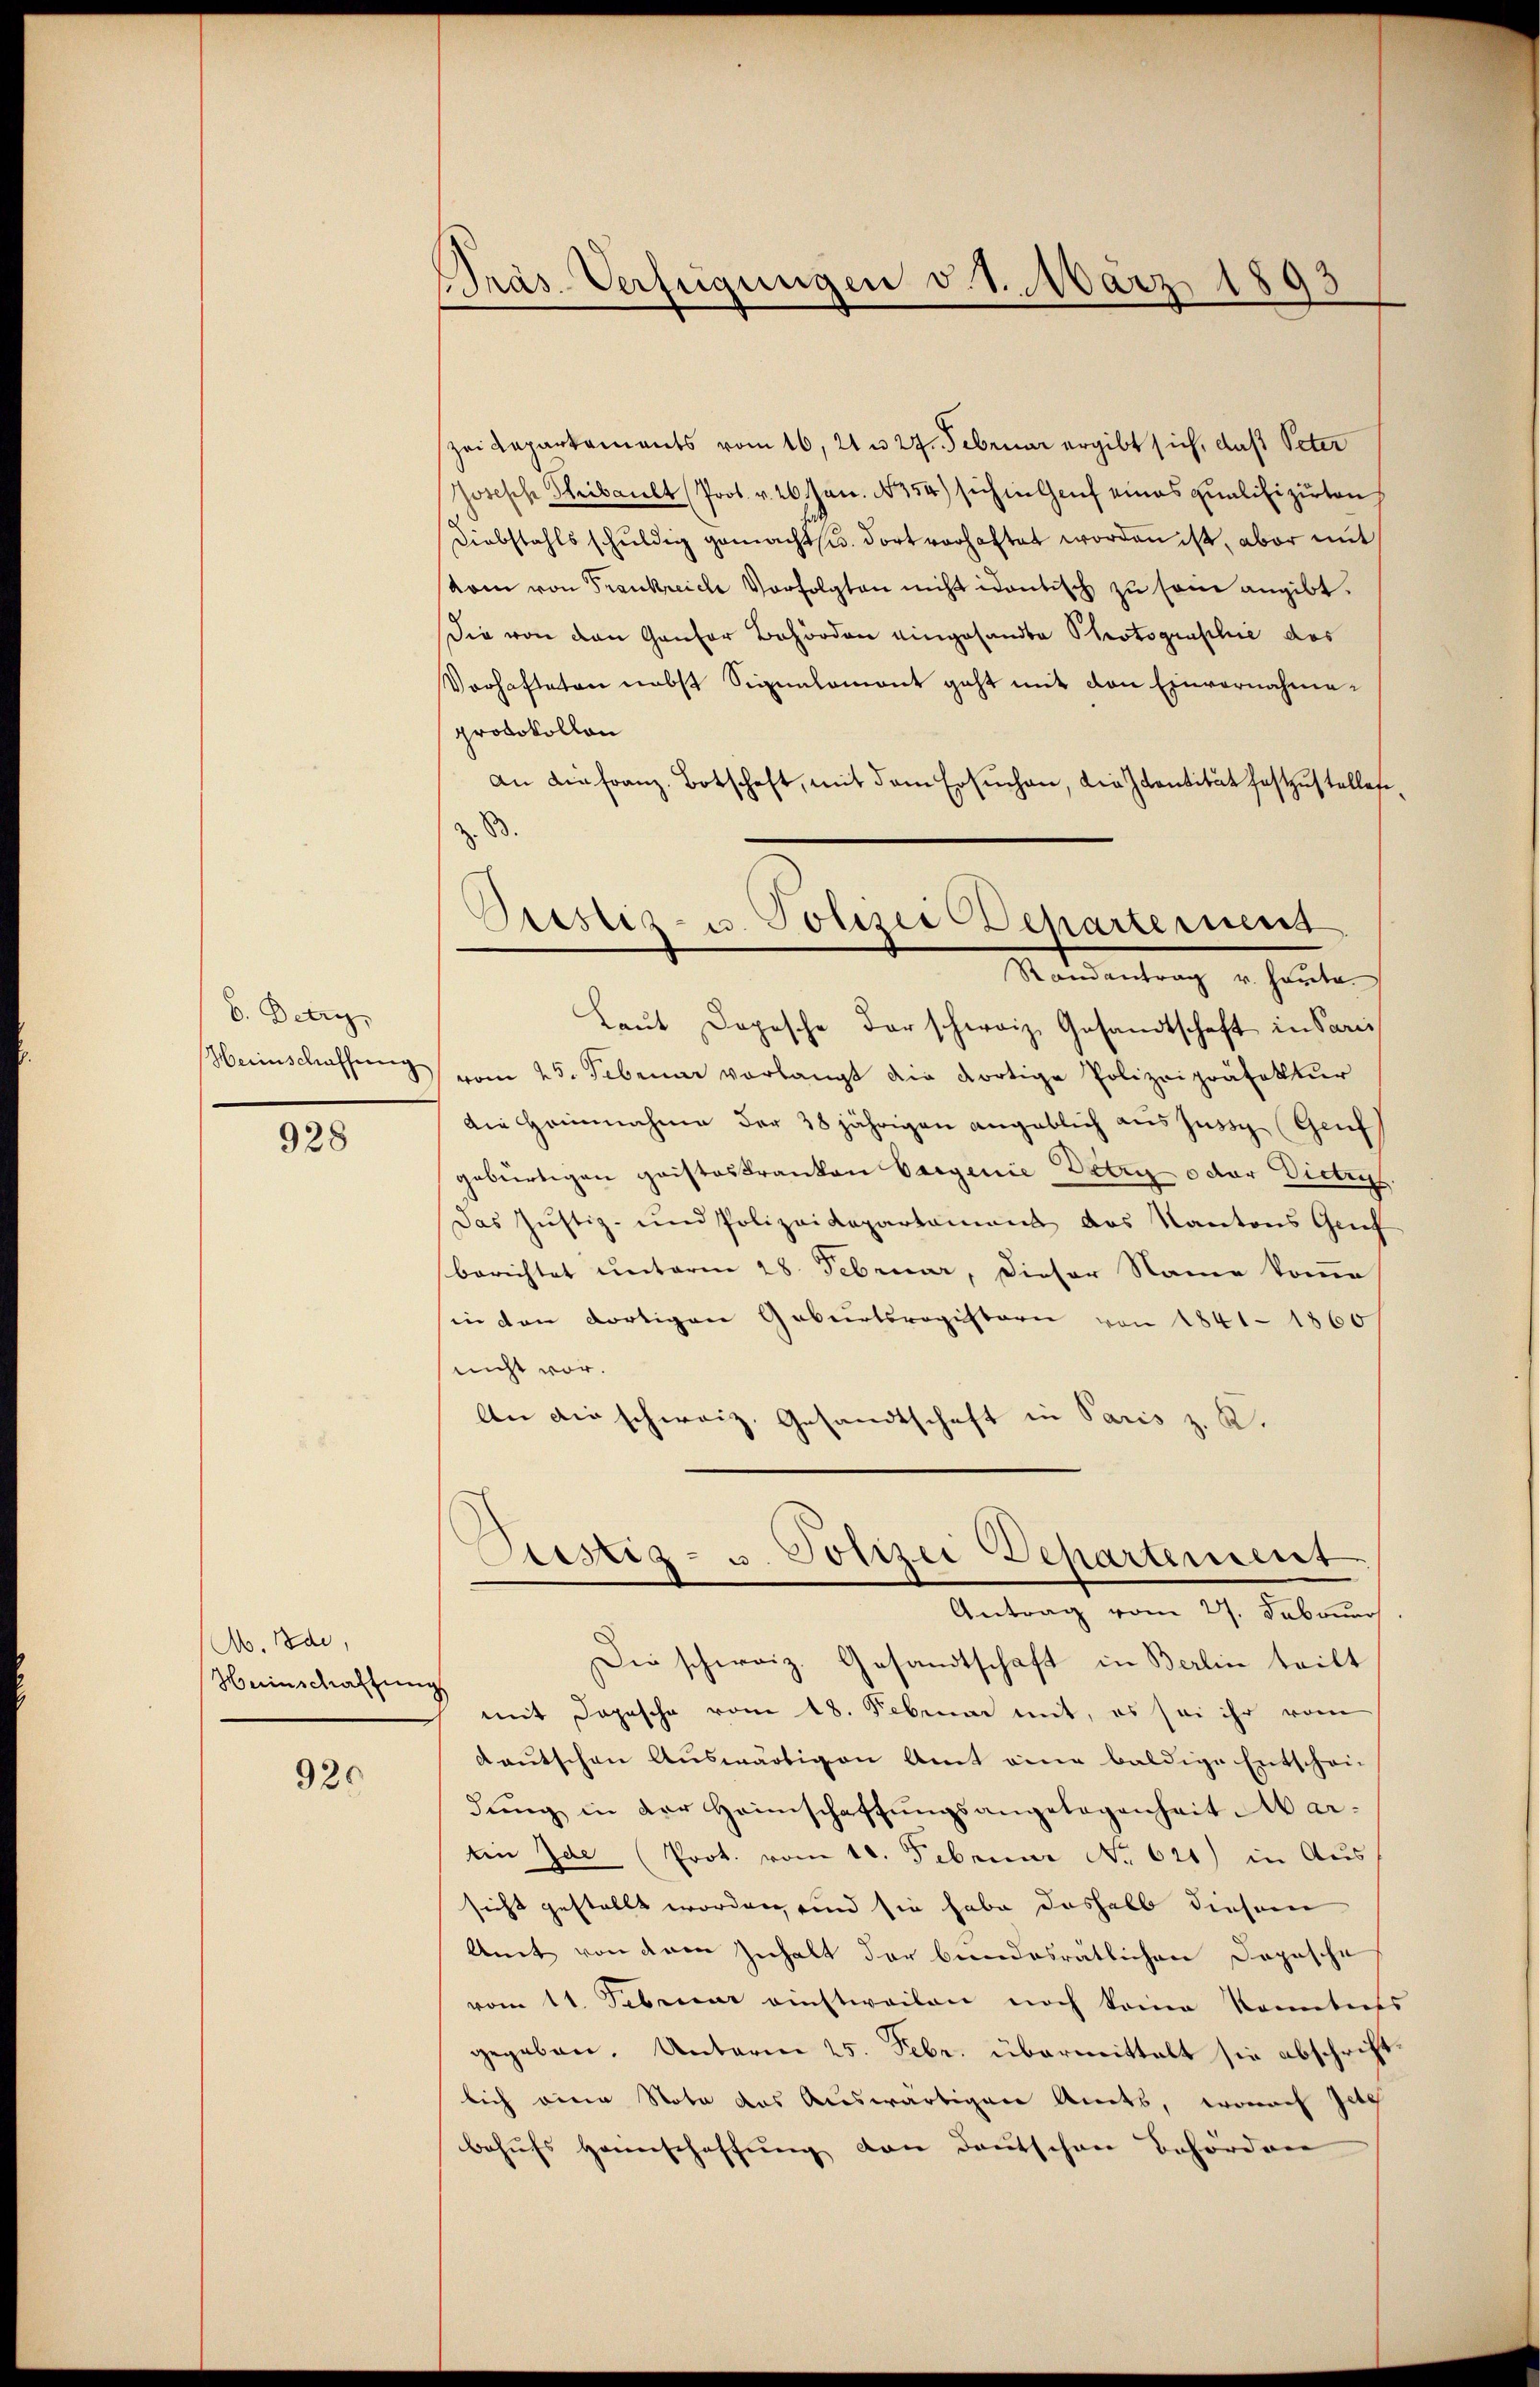
6. Detry,
Herinschaffung

928

Ab. Ide,
Heinschaffung

920

Präs. Verfügungen v. 1. März 1893

zei Kapartaments vom 16. 21 u 27. Februar ergibt sich, daß Peter
osische Thibault (Prot. v. 26. Jan. 1354) sich in Genf eines qualifizirten
Diebstahls schŭldig gemacht u. dort vorhaftet worden ist, aber mit
kom von Frankreiche Verfolgten nicht identisch zu sein angibt.
Die von den Gansor Behörden eingesandte Photograschie das
Verhafteten nebst Signalamont geht mit den Einvernahmeprotokollon
an die franz Botschaft, mit dem Ersuchen, die Identität festzustellete
z. B.
Laŭt Dopische der schweiz. Gesandtschaft in Pari
vom 25. Februar verlangt die dortige Polizeipräfektur
Die Heinnahme der 38 jährigen angeblich aus jus (Genf
gebürtigen gaisteskranken Cargenie Detry oder Dietris
Das Justiz- und Polizeidepartamens des Kantons Gruf
berichtet unterm 28. Februar, Dieser Name komme
in den dortigen Geburtsregistern von 1841 - 1860
nicht vor.
An die schweiz. Gesandtschaft in Paris z. K.
Sistiz- u. Polizei Departement
Antrag vom 27. Februar
Die schweiz. Gesandtschaft in Berlin teilt
mit Jopesche vom 18. Februar mit, es sei ihr vom
deutschen Auswärtigen Amt eine baldige Entschei-
dŭng in der Heimschaffŭngsangelegenheit Abar-
Ein Zde (Prot. vom 10. Februar No. 621) in Aus
sicht gestellt worden, und sie habe deshalb diesem
Amt von dem Inhalt der bundesratlichen Dopische
vom 11. Februar einstweilen noch keine Kometers
gegeben. Unterm 25. Febr. übermittelt sie abschrift
lich eine Nota des Auswärtigen Amts, wonach Jetz
behufs Heimschaffung von Deutschen Behördene

Sistiz- u. Polizei Departement
Maientrag in heute